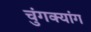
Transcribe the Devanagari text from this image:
चुंगक्यांग